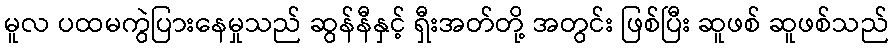
မူလ ပထမကွဲပြားနေမှုသည် ဆွန်နီနှင့် ရှီးအတ်တို့ အတွင်း ဖြစ်ပြီး ဆူဖစ် ဆူဖစ်သည်